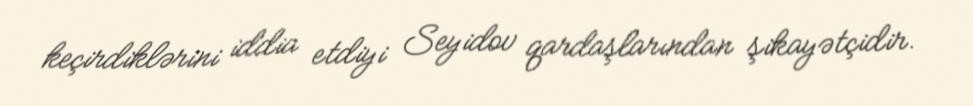
keçirdiklərini iddia etdiyi Seyidov qardaşlarından şikayətçidir.